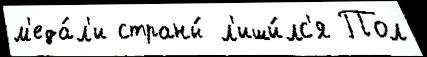
м'еда́л'и страны́ л'иши́лс'я Пол